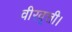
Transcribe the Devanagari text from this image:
वीरवृत्ती।